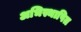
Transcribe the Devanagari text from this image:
अभिस्थापित